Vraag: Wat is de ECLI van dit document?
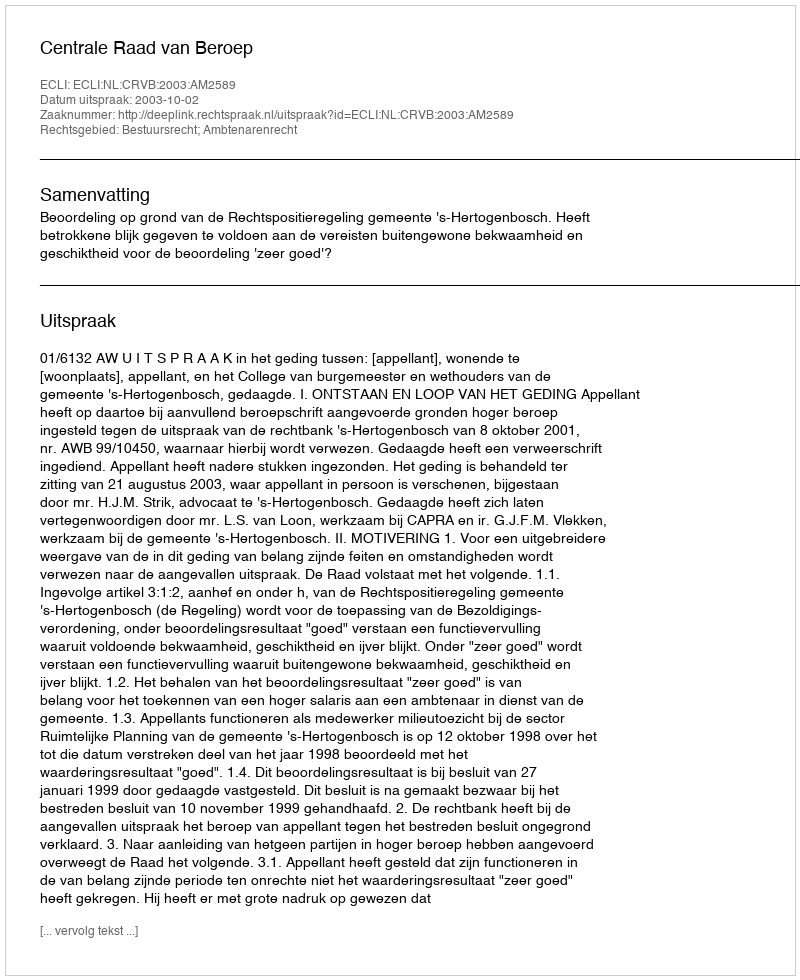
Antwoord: ECLI:NL:CRVB:2003:AM2589